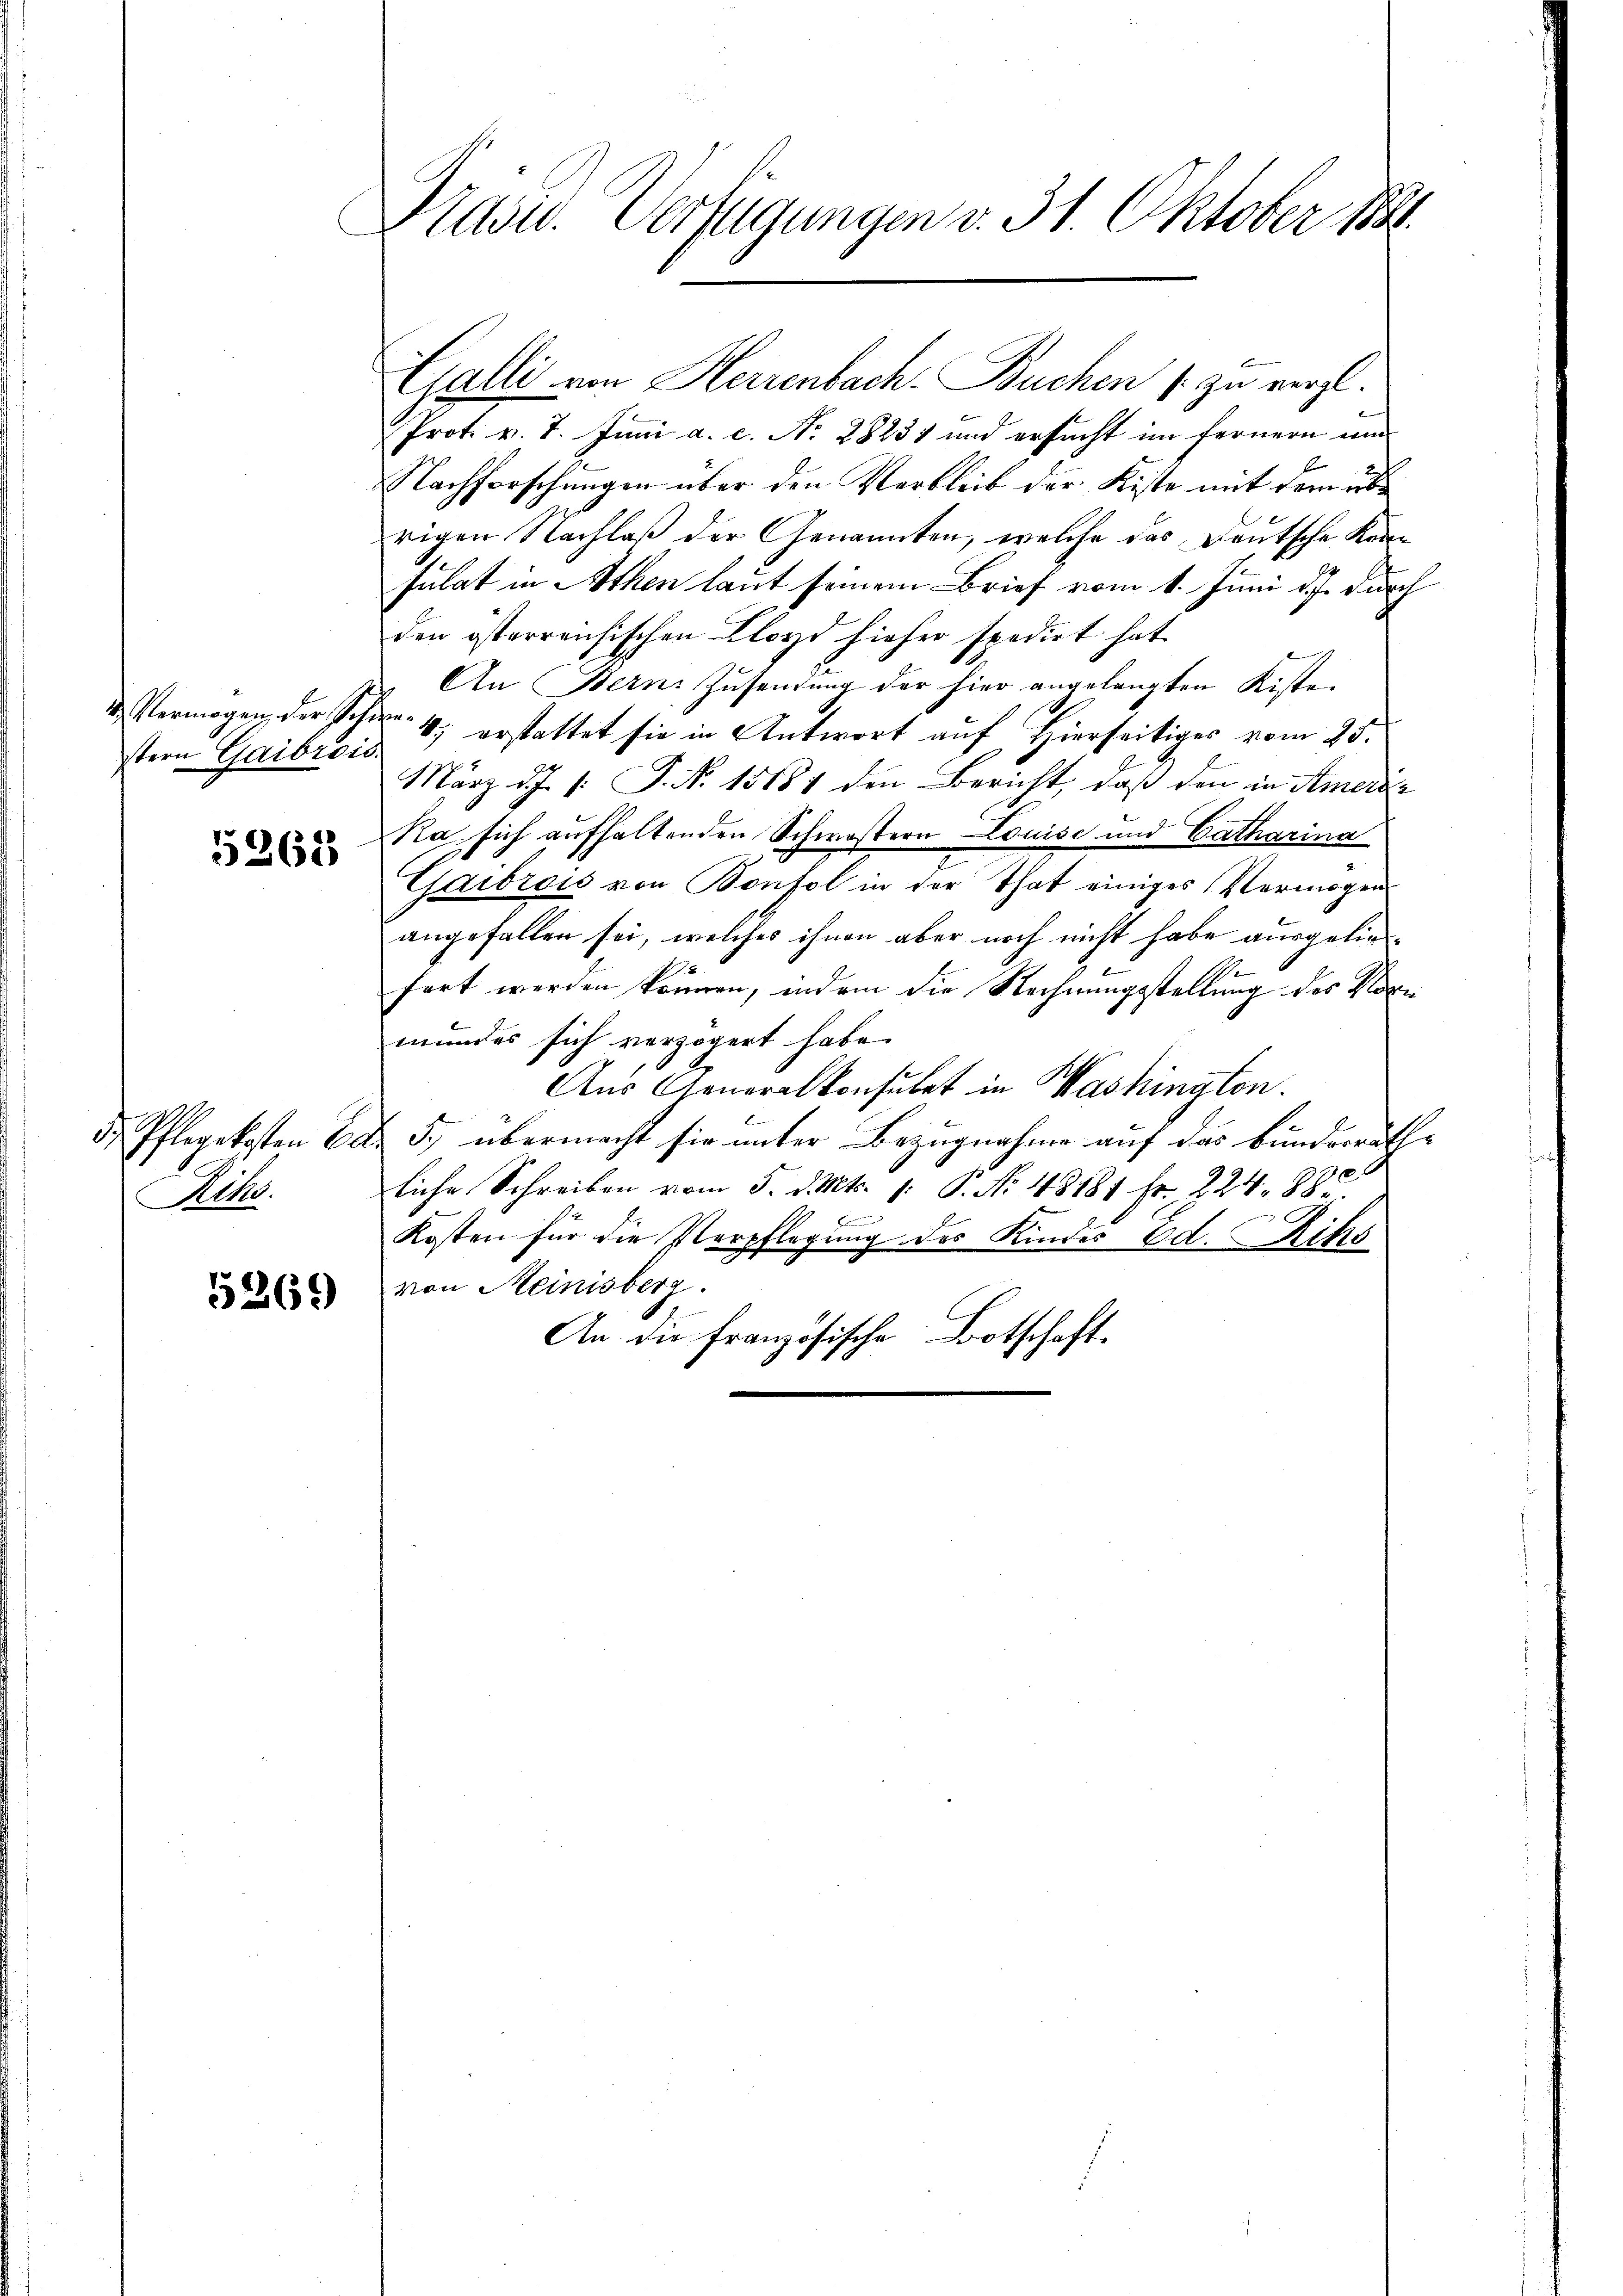
4 Vermögen, der Schr
stern Gaibrois

5261

de Pflegekosten Er
Rihs.

5269

Prasw. Verfügungen v. 31. Oktober 1881.

Prot. v. 7. Juni a. c. No. 28231 und ersucht im fernern und
Nachforschungen über den Verbleib der Kiste mit dem üb
rigen Nachlaß der Genannten, welche das Deutsche Kansulat in Athen laut seinem Brief vom 1. Juni d.J. durch
den österreichischen Lloyd hieher spedirt hat.
An Bern Zusendung der hier angelangten Kiste
m 4. erstattet sie in Antwort auf Hierseitiges vom 25.
März d.J. /: P. Nr. 15181 den Bericht, daß den in Amerie
Ra sich aufhaltenden Schwöstern Louise und Catharina
Gaibrois von Bonfol in der That einiges Vermögens
angefallen sei, welches ihnen aber noch nicht habe ausgeliesfert werden können, indem die Rechnungsstellung des Klore
mundes sich verzögert habe.
Aus Generalkonsulat in Washington.
& 5, übermacht sie unter Bezugnahme auf das bunderrath-
liche Schreiben vom 5. d. Mts. 1. P. No. 48181 Fr. 224. 880
F
Kosten für die Verpflegung des Kindes Ed. Rits
von Meinisberg.
An die französische Botschaft.

Galli von Herrenbach. Buchen zu vergl.